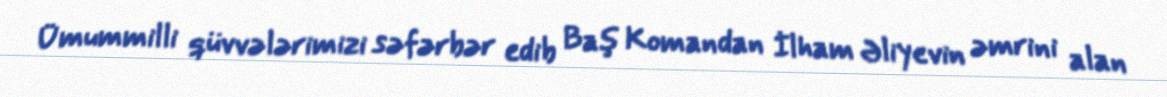
Ümummilli qüvvələrimizi səfərbər edib Baş Komandan İlham Əliyevin əmrini alan